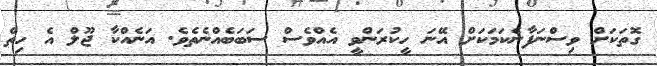
ގޮތަކަށް ވިސްނަފާނެކަމަކަށް އޭނަ ހީކުރަންވީ އެއްވެސް ސަބަބެއްނެތެވެ. އަނެއްކާ ޖޫލް އެ ހިތް